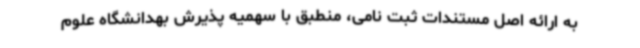
به ارائه اصل مستندات ثبت نامی، منطبق با سهمیه پذیرش بهدانشگاه علوم